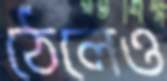
ঠেলেও